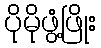
ပိုမိုဖွံ့ဖြိုး